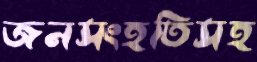
জনসংহতিসহ